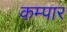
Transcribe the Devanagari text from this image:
कम्पार